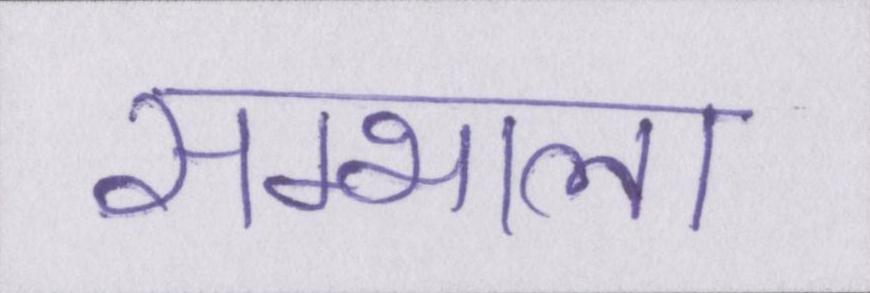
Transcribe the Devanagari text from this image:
सम्भाला